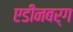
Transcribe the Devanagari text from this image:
एडीनबर्ग